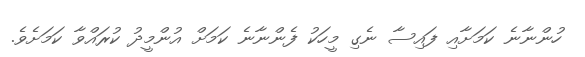
ހުންނާނެ ކަމަށާއި ފައިސާ ނެގި މީހަކު ފެންނާނެ ކަމަށް އުންމީދު ކުރައްވާ ކަމަށެވެ.